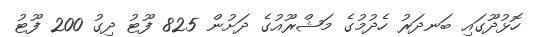
ހޮޅުދޫގައި ބަނދަރު ހެދުމުގެ މަޝްރޫއުގެ ދަށުން 825 ފޫޓު ދިގު 200 ފޫޓު